Scottish Leaving Certificate Examination, 1960
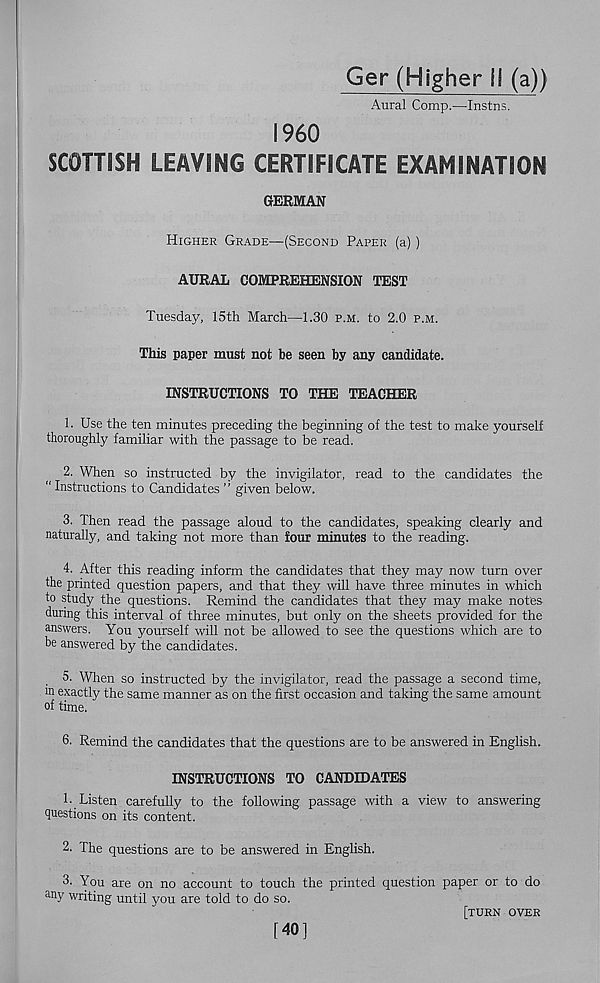
Ger (Higher II (a))
Aural Comp.—Instns.
I960
SCOTTISH LEAVING CERTIFICATE EXAMINATION
GERMAN
Higher Grade—(Second Paper (a) )
AURAL COMPREHENSION TEST
Tuesday, 15th March—1.30 p.m. to 2.0 p.m.
This paper must not be seen by any candidate.
INSTRUCTIONS TO THE TEACHER
1. Use the ten minutes preceding the beginning of the test to make yourself
thoroughly familiar with the passage to be read.
2. When so instructed by the invigilator, read to the candidates the
“ Instructions to Candidates ” given below.
3. Then read the passage aloud to the candidates, speaking clearly and
naturally, and taking not more than four minutes to the reading.
4. After this reading inform the candidates that they may now turn over
the printed question papers, and that they will have three minutes in which
to study the questions. Remind the candidates that they may make notes
during this interval of three minutes, but only on the sheets provided for the
answers. You yourself will not be allowed to see the questions which are to
be answered by the candidates.
5. When so instructed by the invigilator, read the passage a second time,
m exactly the same manner as on the first occasion and taking the same amount
of time.
6. Remind the candidates that the questions are to be answered in English.
INSTRUCTIONS TO CANDIDATES
l..Listen carefully to the following passage with a view to answering
questions on its content.
2. The questions are to be answered in English.
3. You are on no account to touch the printed question paper or to do
an y writing until you are told to do so.
[turn over
[40]